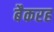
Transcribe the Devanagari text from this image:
बैकरह